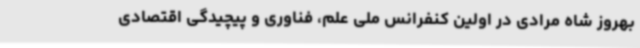
بهروز شاه مرادی در اولین کنفرانس ملی علم، فناوری و پیچیدگی اقتصادی